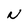
Character: N